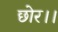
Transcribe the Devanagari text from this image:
छोर।।